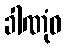
ခါဏုံဝ